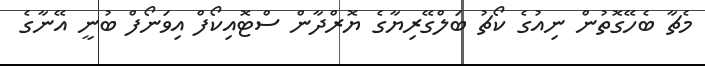
މެޗާ ބެހޭގޮތުން ނިއުގެ ކޯޗު ބަލްގޭރިޔާގެ ޔޮރްދާން ސްޓޮއިކޯފް އިވަނޯފް ބުނީ އޭނާގެ